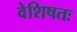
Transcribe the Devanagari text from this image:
वेशिषतः